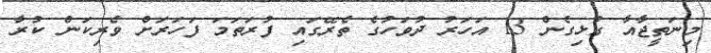
މިނަތީޖާއާ ގުޅިގެން 13 އަހަރު ދުވަހުގެ ތެރޭގައި ފުރަތަމަ ފަހަރަށް ވެރިކަން ކުރާ